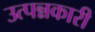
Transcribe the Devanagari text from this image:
उत्पन्नकारी